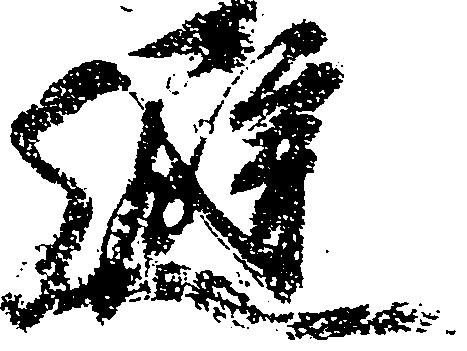
避